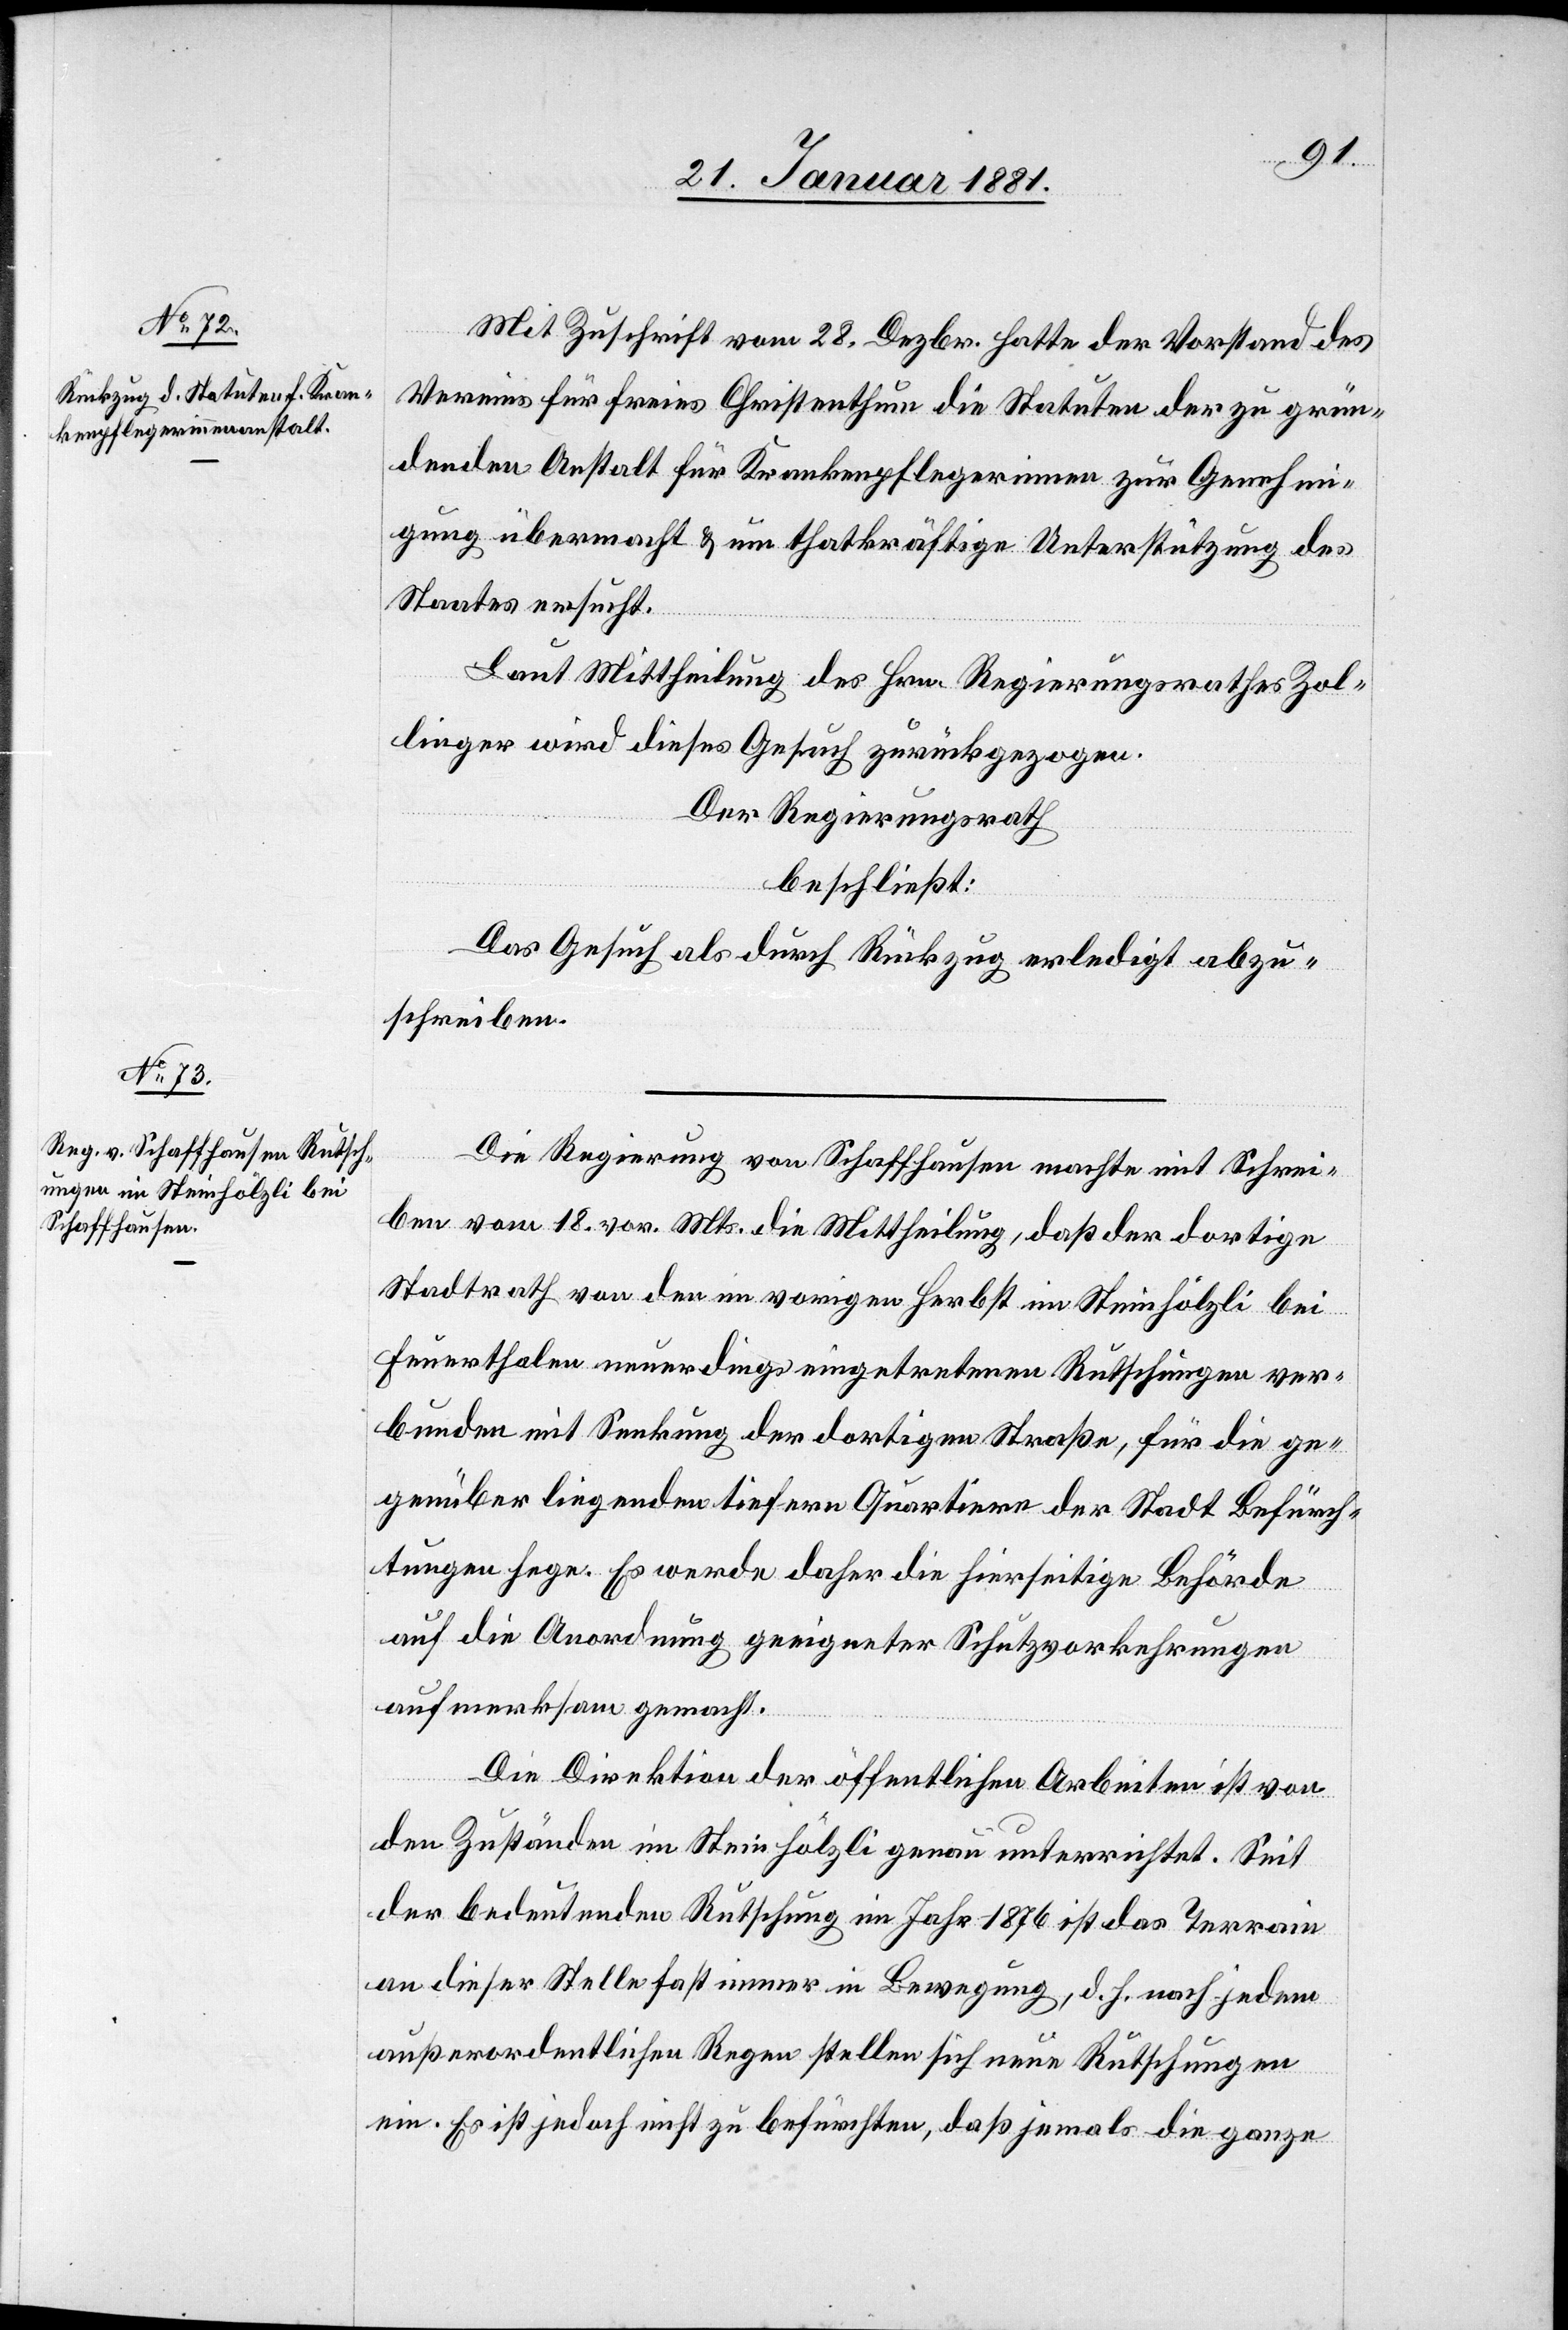
Mit Zuschrift vom 28. Dezbr. hatte der Vorstand des
Vereins für freies Christenthum die Statuten der zu grün¬
denden Anstalt für Krankenpflegerinnen zur Genehmi¬
gung übermacht & um thatkräftige Unterstützung des
Staates ersucht.
Laut Mittheilung des Hrn. Regierungsrathes Zol¬
linger wird dieses Gesuch zurückgezogen.
Der Regierungsrath
beschließt:
Das Gesuch als durch Rückzug erledigt abzu¬
schreiben.
Die Regierung von Schaffhausen machte mit Schrei¬
ben vom 18. vor. Mts. die Mittheilung, daß der dortige
Stadtrath von den im vorigen Herbst im Steinhölzli bei
Feuerthalen neuerdings eingetretenen Rutschungen ver¬
bunden mit Senkung der dortigen Straße, für die ge¬
genüber liegenden tiefere Quartiere der Stadt Befürch¬
tungen hege. Es werde daher die hierseitige Behörde
auf die Anordnung geeigneter Schutzvorkehrungen
aufmerksam gemacht.
Die Direktion der öffentlichen Arbeiten ist von
den Zuständen im Steinhölzli genau unterrichtet. Seit
der bedeutenden Rutschung im Jahr 1876 ist das Terrain
an dieser Stelle fast immer in Bewegung, d. h. nach jedem
außerordentlichen Regen stellen sich neue Rutschungen
ein. Es ist jedoch nicht zu befürchten, daß jemals die ganze